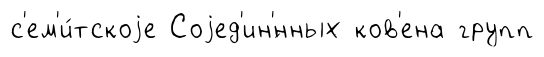
с'ем'и́тскоjе Соjед'ин'́нных ков'ена групп